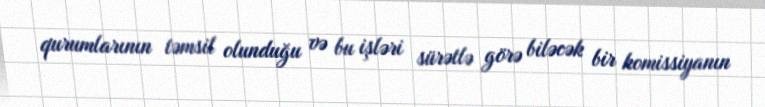
qurumlarının təmsil olunduğu və bu işləri sürətlə görə biləcək bir komissiyanın